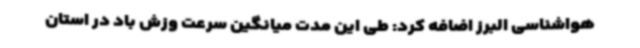
هواشناسی البرز اضافه کرد: طی این مدت میانگین سرعت وزش باد در استان